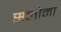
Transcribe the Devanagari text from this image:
सलोमा